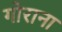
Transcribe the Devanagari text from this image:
गोराना